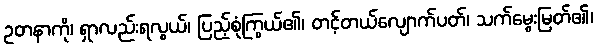
ဥတနာကို၊ ရှာလည်းရလွယ်၊ ပြည့်စုံကြွယ်၏၊ တင့်တယ်လျောက်ပတ်၊ သက်မွေးမြတ်၏၊